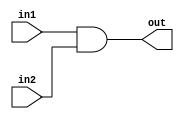
`timescale 1ns / 1ps
//////////////////////////////////////////////////////////////////////////////////
// Company: 
// Engineer: 
// 
// Design Name: 
// Module Name:    Gates 
// Project Name: 
// Target Devices: 
// Tool versions: 
// Description: 
//
// Dependencies: 
//
// Revision: 
// Revision 0.01 - File Created
// Additional Comments: 
//
//////////////////////////////////////////////////////////////////////////////////
module bit32And (out, in1, in2);
	input [31:0] in1, in2;
	output [31:0] out;
	
	assign {out} = in1 & in2;

endmodule

module bit32Or (out, in1, in2);
	input [31:0] in1, in2;
	output [31:0] out;
	
	assign {out} = in1 | in2;
	
endmodule